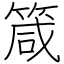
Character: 箴